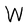
Character: W